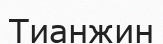
Тианжин